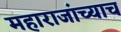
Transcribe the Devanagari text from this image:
महाराजांच्याच